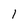
Character: l